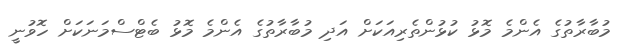
މުބާރާތުގެ އެންމެ މޮޅު ކުޅުންތެރިއަކަށް އަދި މުބާރާތުގެ އެންމެ މޮޅު ބެޓްސްމަނަކަށް ހޮވުނީ